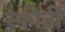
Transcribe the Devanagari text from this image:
स्फीर्ती